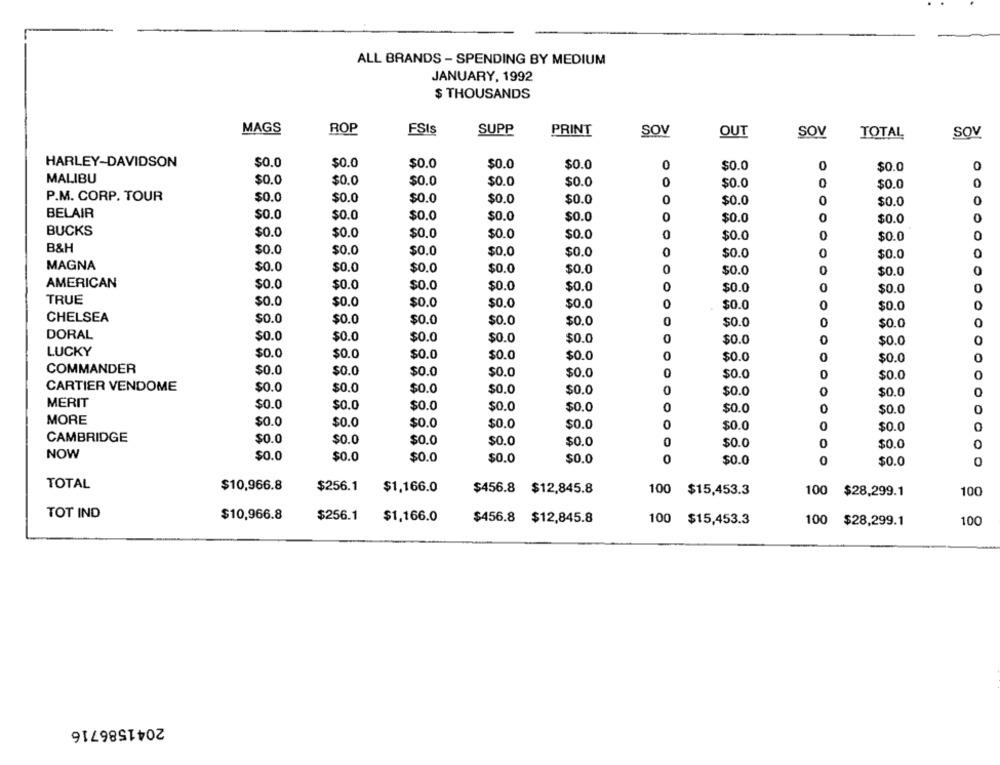
ALL BRANDS - SPENDING BY MEDIUM
JANUARY, 1992
$ THOUSANDS
MAGS
ROP
FSIs
SUPP
PRINT
SOV
OUT
SOV
TOTAL
SOV
HARLEY-DAVIDSON
$0.0
$0.0
$0.0
$0.0
$0.0
0
$0.0
$0.0
0
MALIBU
$0.0
$0.0
$0.0
$0.0
$0.0
0
$0.0
0
$0.0
0
P.M. CORP. TOUR
$0.0
$0.0
$0.0
$0.0
$0.0
0
$0.0
0
$0.0
0
BELAIR
$0.0
$0.0
$0.0
$0.0
$0.0
$0.0
0
$0.0
BUCKS
$0.0
$0.0
$0.0
$0.0
$0.0
$0.0
0
$0.0
0
B&H
$0.0
$0.0
$0.0
$0.0
$0.0
$0.0
$0.0
MAGNA
$0.0
$0.0
$0.0
$0.0
0
$0.0
$0.0
$0.0
O
$0.0
AMERICAN
$0.0
$0.0
$0.0
$0.0
0
$0.0
$0.0
0
TRUE
$0.0
$0.0
$0.0
$0.0
$0.0
0
$0.0
-
$0.0
CHELSEA
$0.0
$0.0
$0.0
$0.0
$0.0
$0.0
$0.0
DORAL
$0.0
$0.0
$0.0
$0.0
$0.0
$0.0
$0.0
LUCKY
$0.0
$0.0
$0.0
$0.0
$0.0
$0.0
0
$0.0
0
COMMANDER
$0.0
$0.0
$0.0
$0.0
$0.0
$0.0
$0.0
CARTIER VENDOME
$0.0
$0.0
$0.0
$0.0
$0.0
0
$0.0
$0.0
MERIT
$0.0
$0.0
$0.0
$0.0
$0.0
$0.0
$0.0
MORE
$0.0
$0.0
$0.0
$0.0
$0.0
$0.0
$0.0
0
CAMBRIDGE
$0.0
$0.0
$0.0
$0.0
$0.0
$0.0
$0.0
NOW
$0.0
$0.0
$0.0
$0.0
$0.0
$0.0
$0.0
TOTAL
$10,966.8
$256.1
$1,166.0
$456.8 $12,845.8
100 $15,453.3
100 $28,299.1
100
TOT IND
$10,966.8
$256.1
$1,166.0
$456.8 $12,845.8
100 $15,453.3
100 $28,299.1
100
2041586716